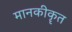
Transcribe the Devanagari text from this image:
मानकीकॄत